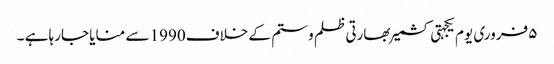
۵ فروری یوم یکجہتی کشمیر بھارتی ظلم و ستم کے خلاف1990 سے منایا جارہا ہے ۔